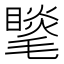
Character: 𣰍